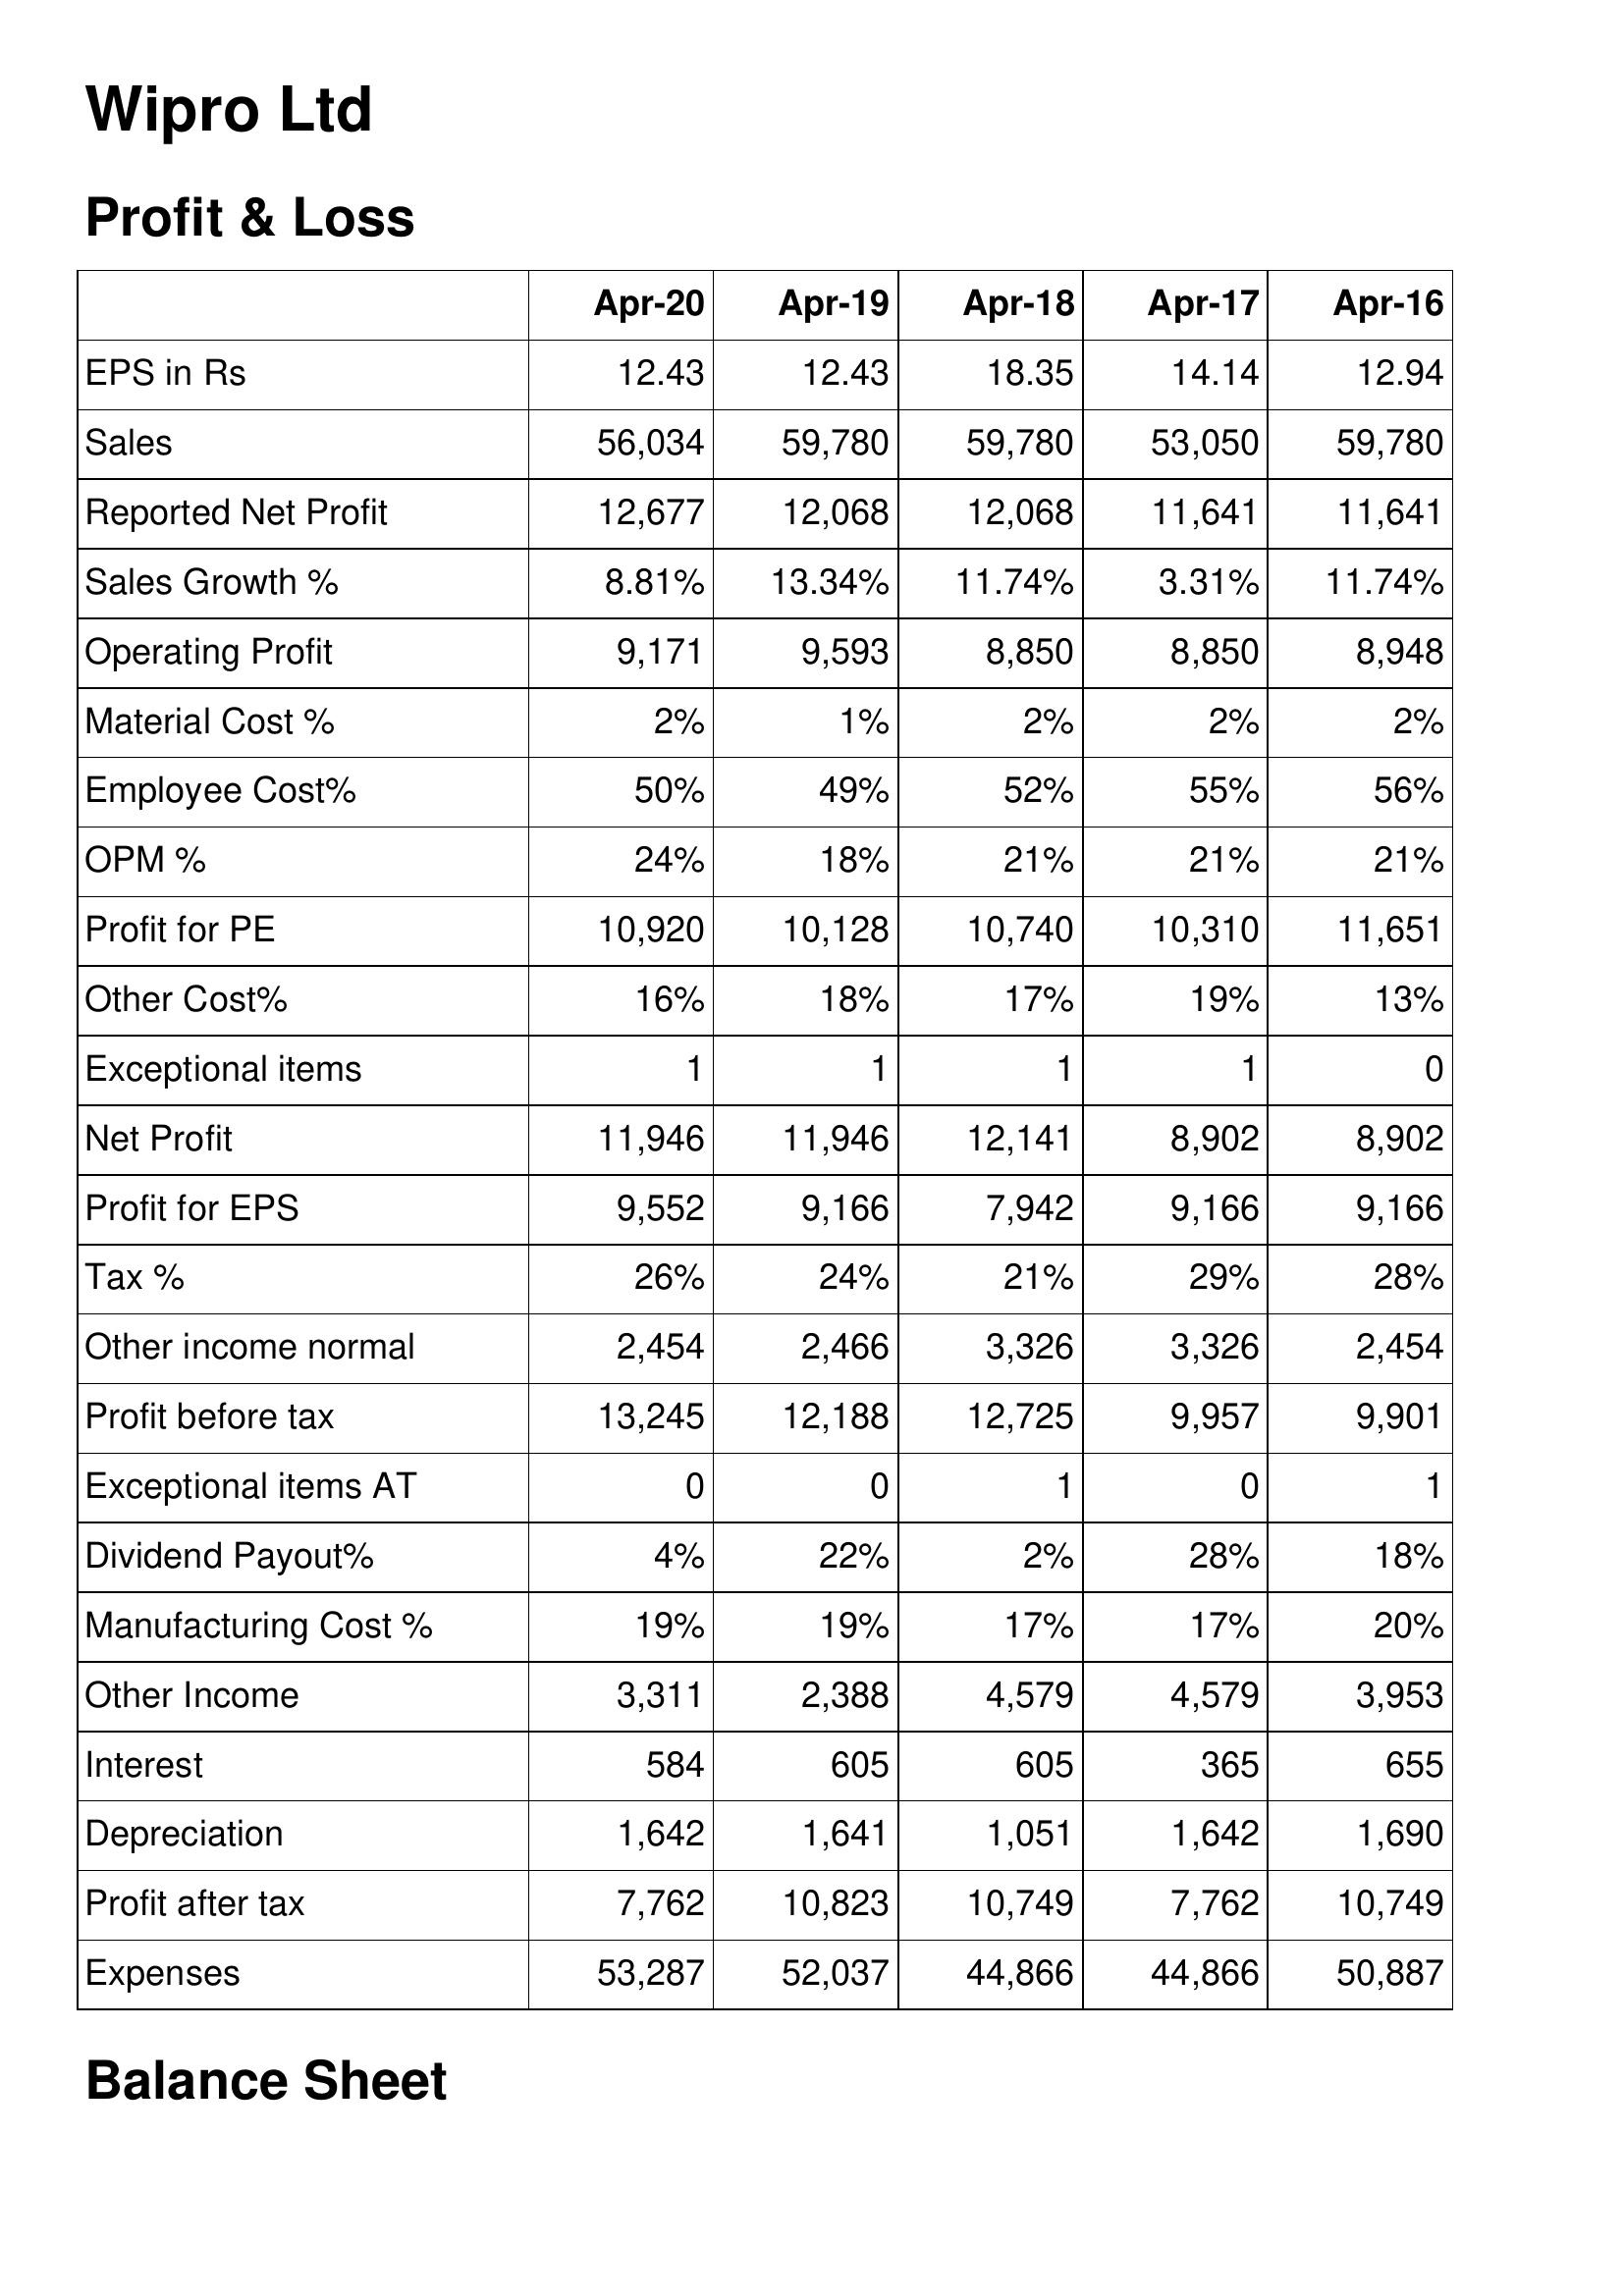
Apr-20: Profit & Loss: EPS in Rs: 12.43
Sales: 56,034
Reported Net Profit: 12,677
Sales Growth %: 8.81%
Operating Profit: 9,171
Material Cost %: 2%
Employee Cost%: 50%
OPM %: 24%
Profit for PE: 10,920
Other Cost%: 16%
Exceptional items: 1
Net Profit: 11,946
Profit for EPS: 9,552
Tax %: 26%
Other income normal: 2,454
Profit before tax: 13,245
Exceptional items AT: 0
Dividend Payout%: 4%
Manufacturing Cost %: 19%
Other Income: 3,311
Interest: 584
Depreciation: 1,642
Profit after tax: 7,762
Expenses: 53,287
Apr-19: Profit & Loss: EPS in Rs: 12.43
Sales: 59,780
Reported Net Profit: 12,068
Sales Growth %: 13.34%
Operating Profit: 9,593
Material Cost %: 1%
Employee Cost%: 49%
OPM %: 18%
Profit for PE: 10,128
Other Cost%: 18%
Exceptional items: 1
Net Profit: 11,946
Profit for EPS: 9,166
Tax %: 24%
Other income normal: 2,466
Profit before tax: 12,188
Exceptional items AT: 0
Dividend Payout%: 22%
Manufacturing Cost %: 19%
Other Income: 2,388
Interest: 605
Depreciation: 1,641
Profit after tax: 10,823
Expenses: 52,037
Apr-18: Profit & Loss: EPS in Rs: 18.35
Sales: 59,780
Reported Net Profit: 12,068
Sales Growth %: 11.74%
Operating Profit: 8,850
Material Cost %: 2%
Employee Cost%: 52%
OPM %: 21%
Profit for PE: 10,740
Other Cost%: 17%
Exceptional items: 1
Net Profit: 12,141
Profit for EPS: 7,942
Tax %: 21%
Other income normal: 3,326
Profit before tax: 12,725
Exceptional items AT: 1
Dividend Payout%: 2%
Manufacturing Cost %: 17%
Other Income: 4,579
Interest: 605
Depreciation: 1,051
Profit after tax: 10,749
Expenses: 44,866
Apr-17: Profit & Loss: EPS in Rs: 14.14
Sales: 53,050
Reported Net Profit: 11,641
Sales Growth %: 3.31%
Operating Profit: 8,850
Material Cost %: 2%
Employee Cost%: 55%
OPM %: 21%
Profit for PE: 10,310
Other Cost%: 19%
Exceptional items: 1
Net Profit: 8,902
Profit for EPS: 9,166
Tax %: 29%
Other income normal: 3,326
Profit before tax: 9,957
Exceptional items AT: 0
Dividend Payout%: 28%
Manufacturing Cost %: 17%
Other Income: 4,579
Interest: 365
Depreciation: 1,642
Profit after tax: 7,762
Expenses: 44,866
Apr-16: Profit & Loss: EPS in Rs: 12.94
Sales: 59,780
Reported Net Profit: 11,641
Sales Growth %: 11.74%
Operating Profit: 8,948
Material Cost %: 2%
Employee Cost%: 56%
OPM %: 21%
Profit for PE: 11,651
Other Cost%: 13%
Exceptional items: 0
Net Profit: 8,902
Profit for EPS: 9,166
Tax %: 28%
Other income normal: 2,454
Profit before tax: 9,901
Exceptional items AT: 1
Dividend Payout%: 18%
Manufacturing Cost %: 20%
Other Income: 3,953
Interest: 655
Depreciation: 1,690
Profit after tax: 10,749
Expenses: 50,887